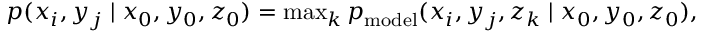
\begin{array} { r } { p ( x _ { i } , y _ { j } \mid x _ { 0 } , y _ { 0 } , z _ { 0 } ) = \operatorname* { m a x } _ { k } { p _ { \mathrm { m o d e l } } ( x _ { i } , y _ { j } , z _ { k } \mid x _ { 0 } , y _ { 0 } , z _ { 0 } ) } , } \end{array}